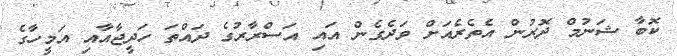
ކޮބާ ޝަނުމް ދޮރުން އެތެރެއަށް ވަދެގެން އައި އަސްރާރުގެ ދައްތަ ހަދީޖާއާއި އަމީހާގެ